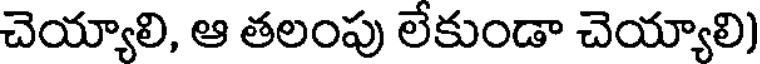
చెయ్యాలి, ఆ తలంపు లేకుండా చెయ్యాలి)